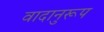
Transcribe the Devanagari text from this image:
वादानुरूप